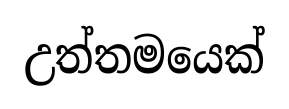
උත්තමයෙක්